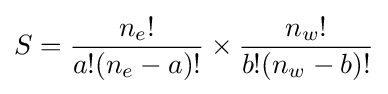
S={\frac {n_{e}!}{a!(n_{e}-a)!}}\times {\frac {n_{w}!}{b!(n_{w}-b)!}}